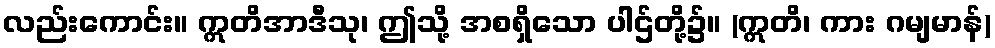
လည်းကောင်း။ ဣတိအာဒီသု၊ ဤသို့ အစရှိသော ပါဌ်တို့၌။ (ဣတိ၊ ကား ဂမျမာန်)